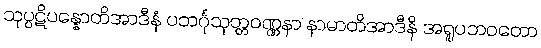
သုပ္ပဋိပန္နောတိအာဒီနံ ပဘင်္ဂုသုတ္တဝဏ္ဏနာ နာမာတိအာဒီနိ အရူပဘဝတော